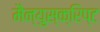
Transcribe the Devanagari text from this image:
मैन्युस्क्रिप्ट